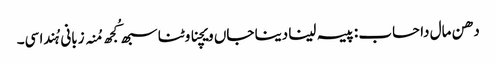
دھن مال دا حساب : پیسہ لینا دینا جاں ویچنا وٹنا سبھ کُجھ مُنہ زبانی ہُندا سی۔